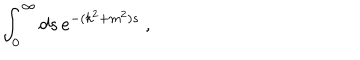
\int _ { 0 } ^ { \infty } d s \, e ^ { - ( k ^ { 2 } + m ^ { 2 } ) s } \ ,